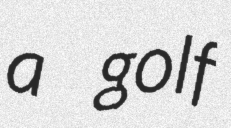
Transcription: a golf